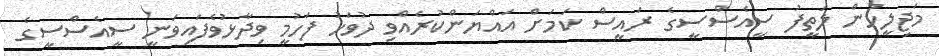
މަޖިލީހުން ލަތީފު ސީއެސްސީގެ ރައީސް ކަމަށް އައްޔަންކުރެއްވި ދުވަހު ފަހުމީ ވިދާޅުވެފައިވަނީ ސީއެސްސީގެ